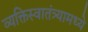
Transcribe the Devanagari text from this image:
व्यक्तिस्वातंत्र्यामध्ये